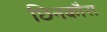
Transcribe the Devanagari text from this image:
छिनकौरा